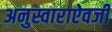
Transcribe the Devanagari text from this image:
अनुस्वाराऐवजी